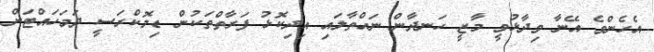
އެހެންވެ އޭނާ ވިދާޅުވީ މާޒީ ހަނދާން ނައްތާލައި އިދިކޮޅު ފަރާތްތަކުން ޑިމޮކްރަސީ ދަމަހައްޓަން